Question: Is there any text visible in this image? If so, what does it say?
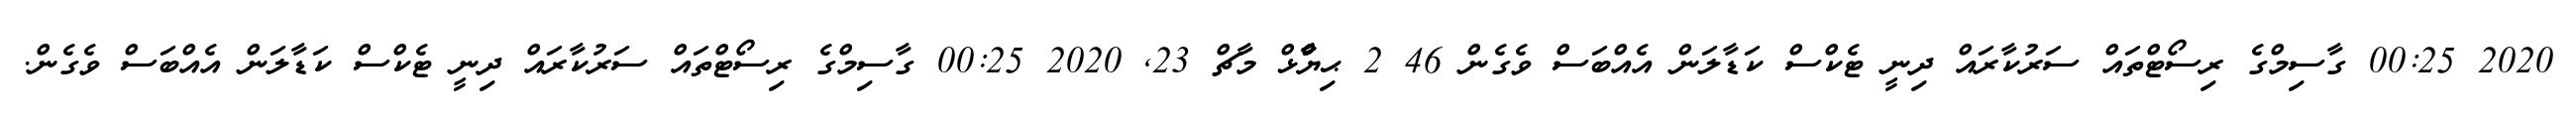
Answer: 2020 00:25 ގާސިމްގެ ރިސޯޓްތައް ސަރުކާރައް ދިނީ ޓެކްސް ކަޑާލަން އެއްބަސް ވެގެން 46 2 ޙިޔާާްްޅް މާޗް 23, 2020 00:25 ގާސިމްގެ ރިސޯޓްތައް ސަރުކާރައް ދިނީ ޓެކްސް ކަޑާލަން އެއްބަސް ވެގެން.